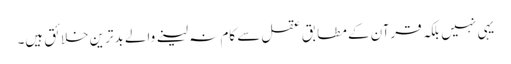
یہی نہیں بلکہ قرآن کے مطابق عقل سے کام نہ لینے والے بدترین خلائق ہیں۔